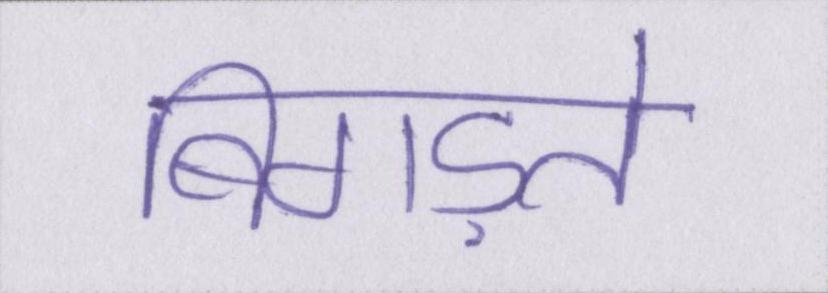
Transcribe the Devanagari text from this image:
बिगड़ते